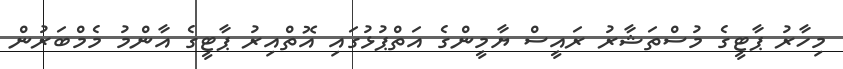
މިހާރު ޕާޓީގެ މުސްތަޝާރު ރައީސް ޔާމީންގެ އަތްޕުޅުގައި އޮތްއިރު ޕާޓީގެ އާންމު މެމްބަރުން